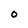
Character: 0